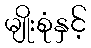
မျိုးစုံနှင့်